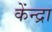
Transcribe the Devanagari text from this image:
केंन्द्रा